Civil Veterinary Department Bengal reports 1933-51 - 1933-1951
Year: 1933
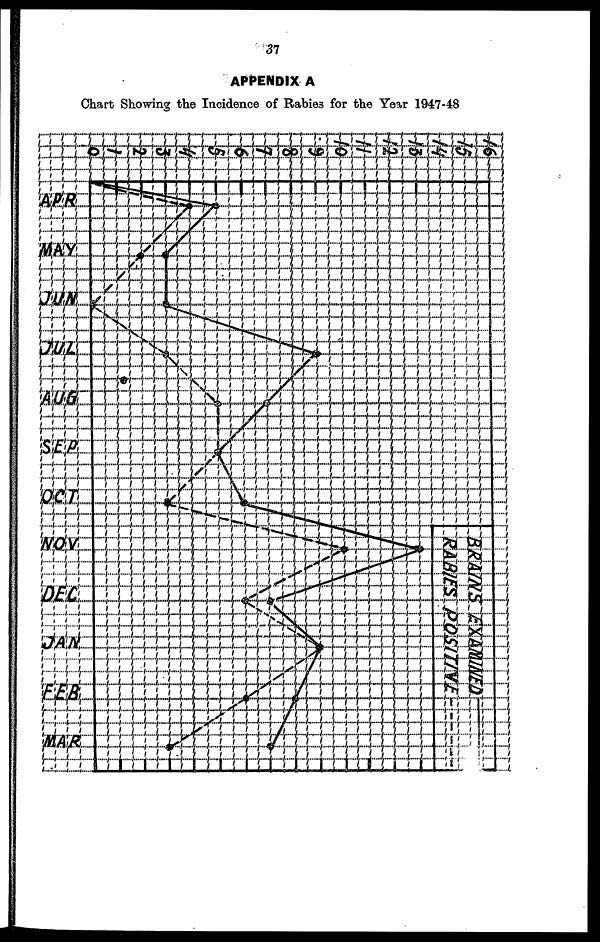
37
APPENDIX A
Chart Showing the Incidence of Rabies for the Year 1947-48